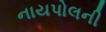
નાયપોલની